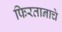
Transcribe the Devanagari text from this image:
फिरतानाचे